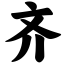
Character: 齐